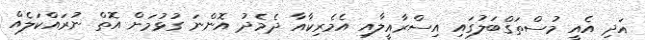
އަދި އެއީ މުސްތަގްބަލުގައި އިސްރާއީލާއި އެމެރިކާއާ ދެމެދު އޮންނަ ގުޅުމަށް އޮތް ނުރައްކަލެއް